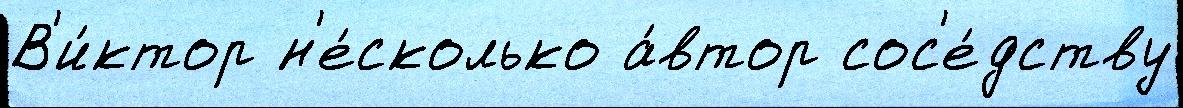
В'и́ктор н'е́сколько а́втор сос'е́дству